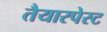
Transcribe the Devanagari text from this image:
तैयारपेस्ट